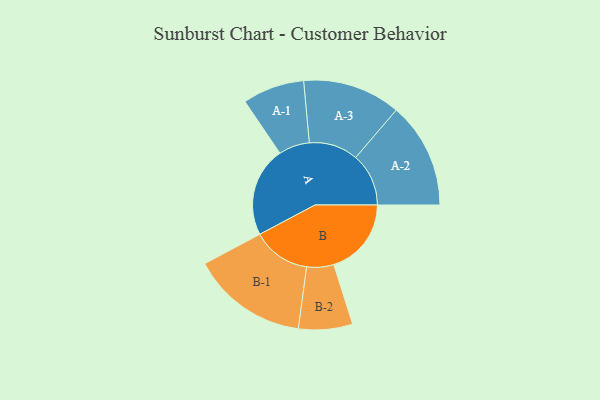
{"axis": {"x": "Segment", "y": "Value"}, "legend": ["", "A", "B"], "data": [{"x": "A", "y": 412, "type": ""}, {"x": "B", "y": 356, "type": ""}, {"x": "A-1", "y": 142, "type": "A"}, {"x": "A-2", "y": 243, "type": "A"}, {"x": "A-3", "y": 225, "type": "A"}, {"x": "B-1", "y": 267, "type": "B"}, {"x": "B-2", "y": 124, "type": "B"}]}